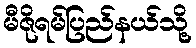
မီဇိုရမ်ပြည်နယ်သို့